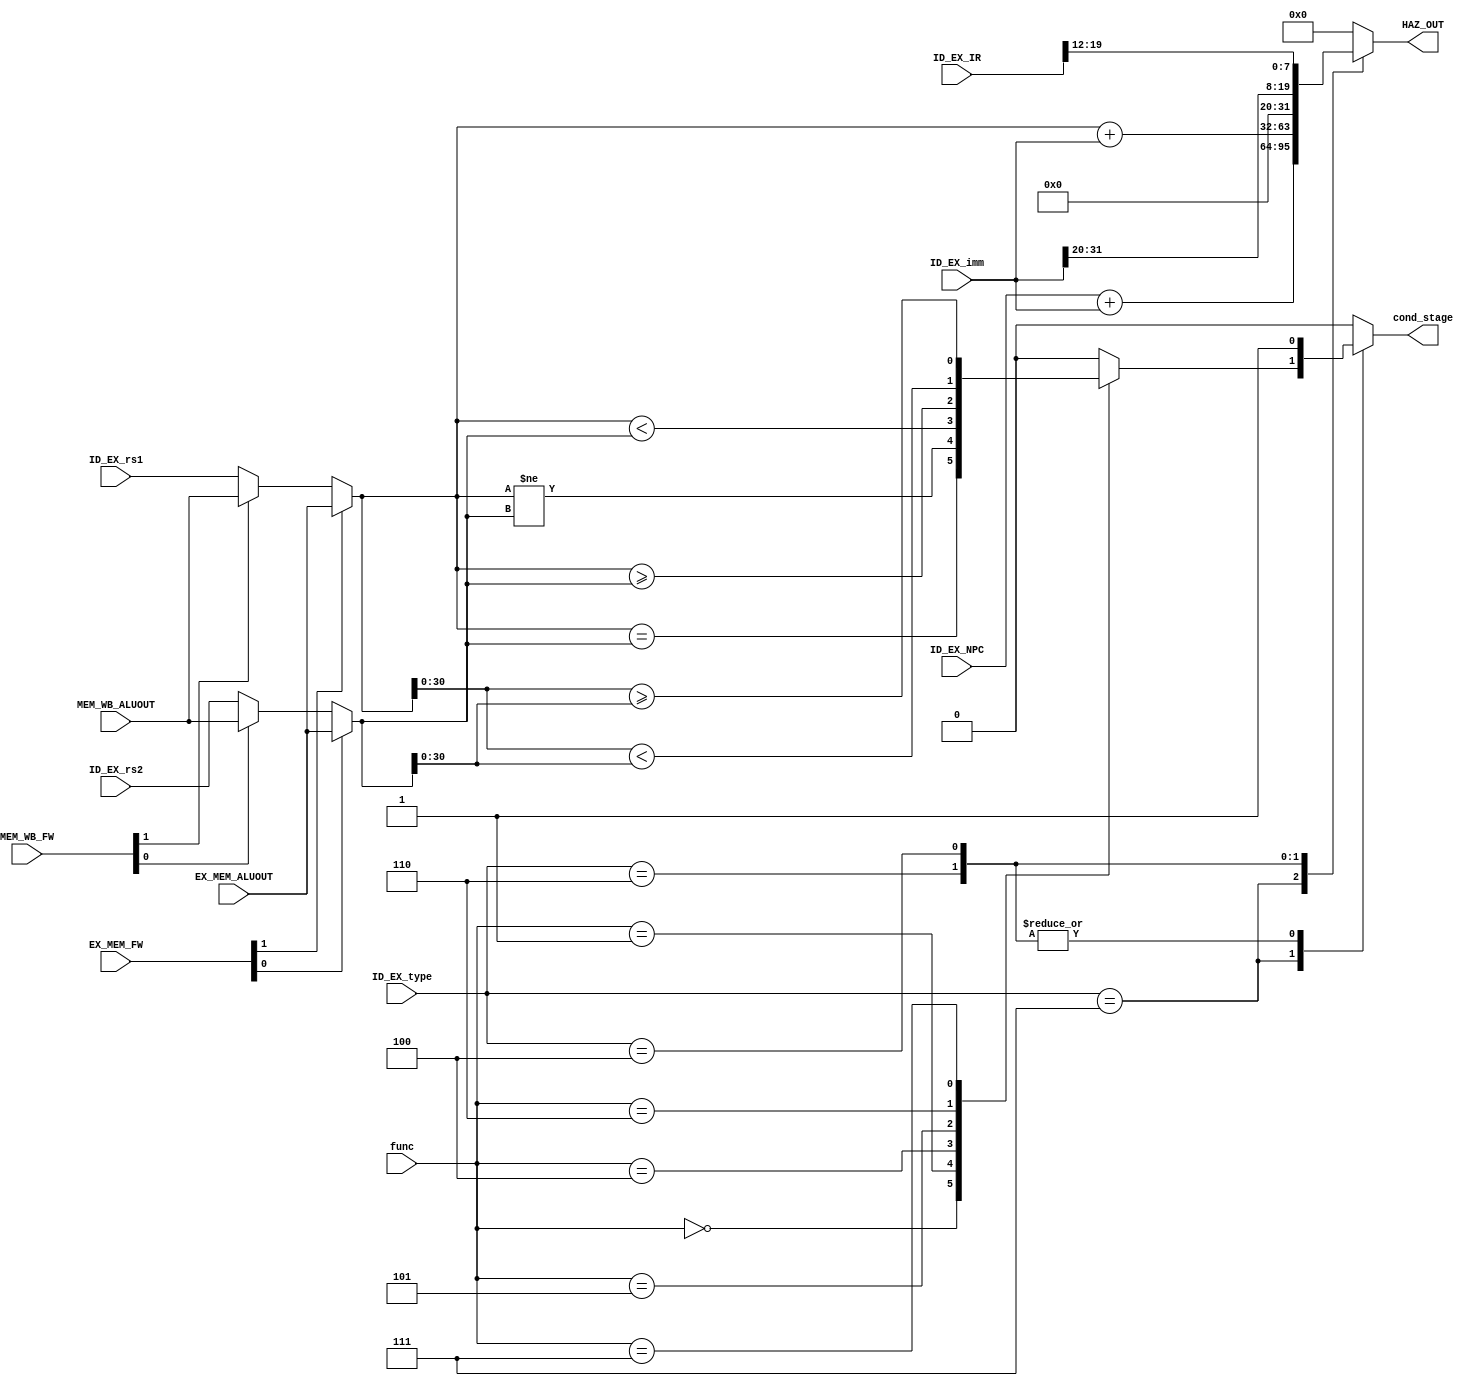
module HAZARD_DETECTION_UNIT (EX_MEM_ALUOUT,MEM_WB_ALUOUT,EX_MEM_FW,MEM_WB_FW,func,ID_EX_NPC,cond_stage,ID_EX_imm,HAZ_OUT,ID_EX_IR,ID_EX_type,ID_EX_rs1,ID_EX_rs2);
input [31:0] ID_EX_IR,ID_EX_NPC,ID_EX_imm,ID_EX_rs1,ID_EX_rs2,EX_MEM_ALUOUT,MEM_WB_ALUOUT;
output reg cond_stage;
input [2:0] ID_EX_type;
output reg [31:0] HAZ_OUT;
input [2:0] func;
input [1:0] EX_MEM_FW,MEM_WB_FW;
parameter R_type=3'b011, S_type=3'b010, B_type=3'b111, J_type=3'b100, U_type=3'b101; 
parameter I_jump=3'b110,I_logic=3'b001,I_load=3'b000;

wire [31:0] ID_EX_rs1_stage, ID_EX_rs2_stage;

assign ID_EX_rs1_stage= (EX_MEM_FW[1])?EX_MEM_ALUOUT:(MEM_WB_FW[1])?MEM_WB_ALUOUT:ID_EX_rs1;
assign ID_EX_rs2_stage=(EX_MEM_FW[0])?EX_MEM_ALUOUT:(MEM_WB_FW[0])?MEM_WB_ALUOUT:ID_EX_rs2;




always @(*)

begin
case (ID_EX_type)
B_type:
begin
HAZ_OUT=ID_EX_NPC+ID_EX_imm;
case(func)
3'b000:cond_stage=(ID_EX_rs1_stage==ID_EX_rs2_stage);//beq
3'b001:cond_stage=(ID_EX_rs1_stage!=ID_EX_rs2_stage);//bne
3'b100:cond_stage=(ID_EX_rs1_stage<ID_EX_rs2_stage);//blt
3'b101:cond_stage=(ID_EX_rs1_stage>=ID_EX_rs2_stage);//bge
3'b110:cond_stage=({1'b0,ID_EX_rs1_stage[30:0]}<{1'b0,ID_EX_rs2_stage[30:0]});//bltu
3'b111:cond_stage=({1'b0,ID_EX_rs1_stage[30:0]}>={1'b0,ID_EX_rs2_stage[30:0]});//bgeu
default:cond_stage=1'b0;
endcase
end

I_jump:begin
HAZ_OUT=ID_EX_rs1_stage+ID_EX_imm;
cond_stage=1;
end

J_type:begin
HAZ_OUT={ID_EX_imm[31:20],ID_EX_IR[19:12]};
cond_stage=1;
end

default: begin
cond_stage=0;
HAZ_OUT=32'h00000000;
end
endcase
end
endmodule